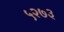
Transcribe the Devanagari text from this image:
५२७३